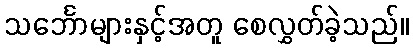
သင်္ဘောများနှင့်အတူ စေလွှတ်ခဲ့သည်။